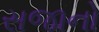
સજાનો